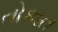
તોકાત